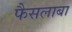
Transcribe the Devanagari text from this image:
फैसलाबा